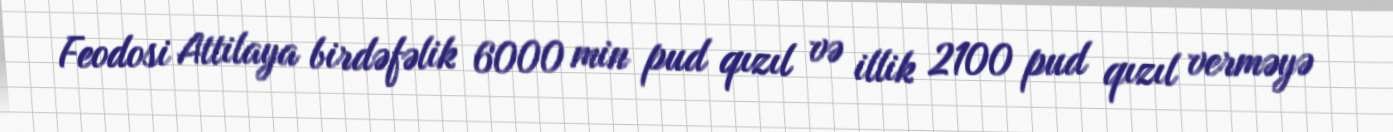
Feodosi Attilaya birdəfəlik 6000 min pud qızıl və illik 2100 pud qızıl verməyə